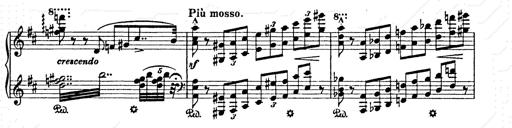
Title: AnnÃ©es de pÃ¨lerinage II
Composer: Franz Liszt